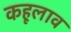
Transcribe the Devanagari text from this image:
कहूलाव